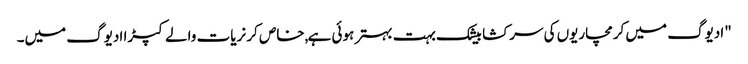
"ادیوگ میں کرمچاریوں کی سرکشا بیشک بہت بہتر ہوئی ہے,خاص کر نریات والے کپڑا ادیوگ میں۔